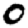
Digit: 0